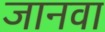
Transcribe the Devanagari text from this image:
जानवा